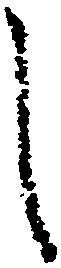
し